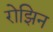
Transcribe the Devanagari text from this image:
रोझिन